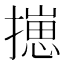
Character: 㩄